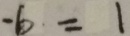
- b = 1